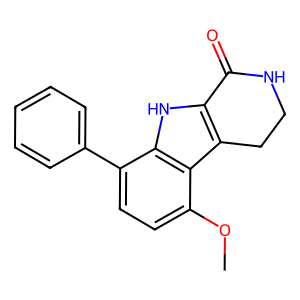
SMILES: COc1ccc(-c2ccccc2)c2[nH]c3c(c12)CCNC3=O
Inhibits HIV replication: No